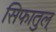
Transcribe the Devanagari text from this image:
सिफातुल्